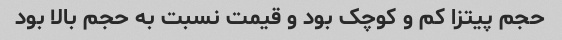
حجم پیتزا کم و کوچک بود و قیمت نسبت به حجم بالا بود